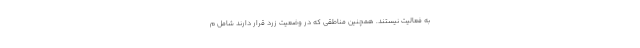
به فعالیت نیستند. همچنین مناطقی که در وضعیت زرد قرار دارند شامل م